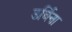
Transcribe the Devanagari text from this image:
उर्बिना